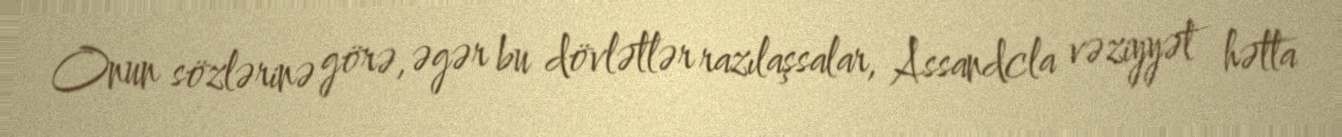
Onun sözlərinə görə, əgər bu dövlətlər razılaşsalar, Assandcla vəziyyət hətta